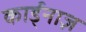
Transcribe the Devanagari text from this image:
कार्ड्नाज़